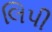
લિપી